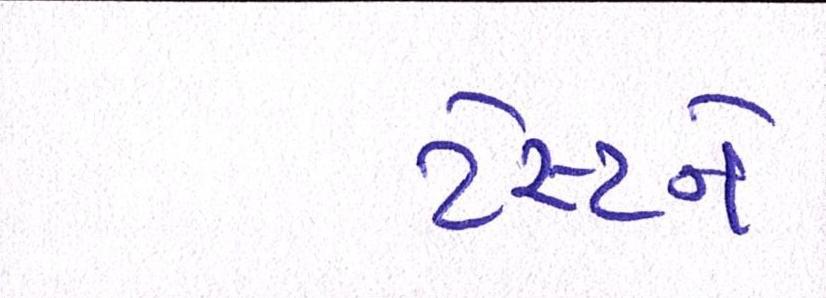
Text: ટેસ્ટને